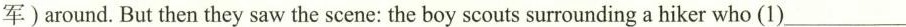
军)around.But then they saw the scene: the boy scouts surrounding a hiker who (1) ___